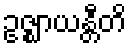
ဥဇ္ဈာယန္တီတိ